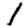
Digit: 1